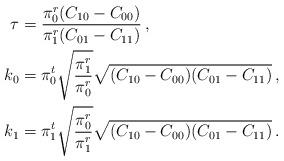
LaTeX: \begin{align*}\tau&={\pi_0^r (C_{10}-C_{00}) \over \pi_1^r (C_{01}-C_{11})} \,,\\k_0&=\pi_0^t\sqrt{\pi_1^r\over\pi_0^r}\sqrt{(C_{10}-C_{00})(C_{01}-C_{11})}\,,\\k_1&=\pi_1^t\sqrt{\pi_0^r\over\pi_1^r}\sqrt{(C_{10}-C_{00})(C_{01}-C_{11})}\,.\end{align*}